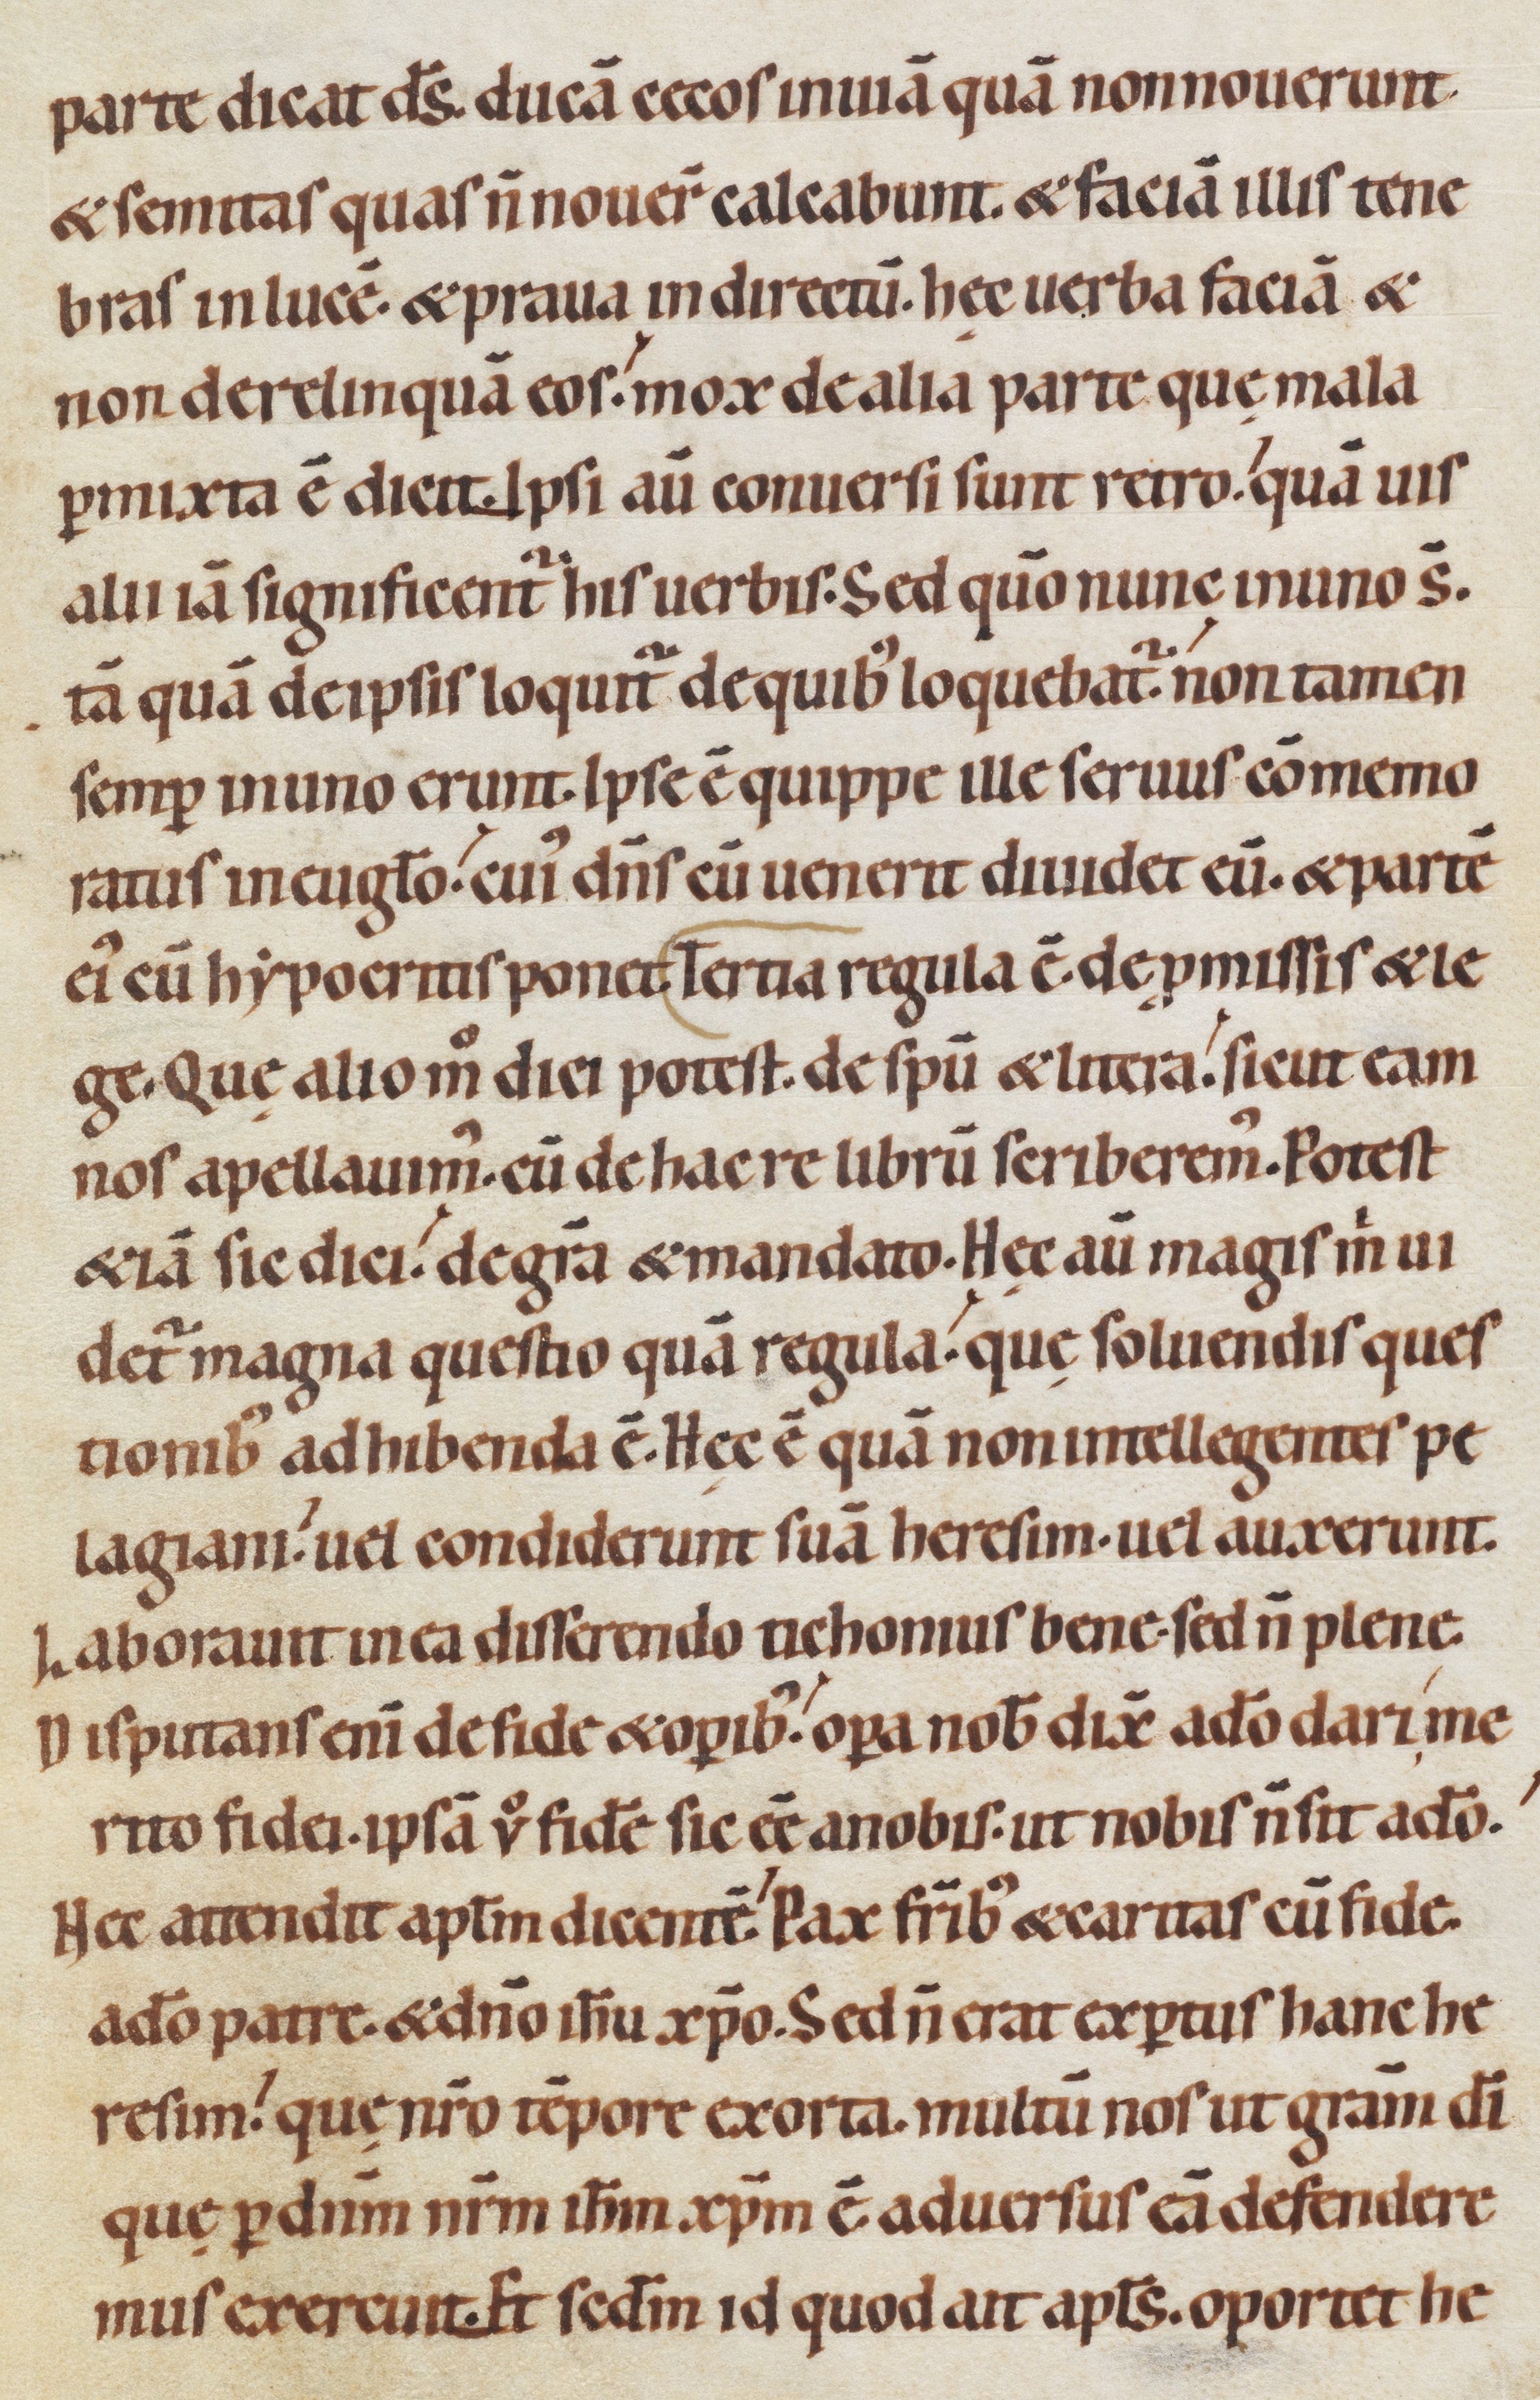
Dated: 1080–1096